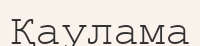
Қаулама